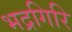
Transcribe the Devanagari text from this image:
भद्रगिरि